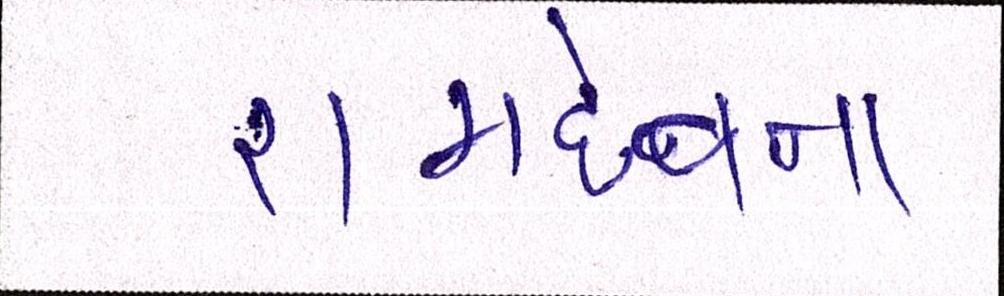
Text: રામદેવના